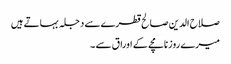
صلاح الدین صالح قطرے سے دجلہ بہاتے ہیں
میرے روزنامچے کے اوراق سے ۔